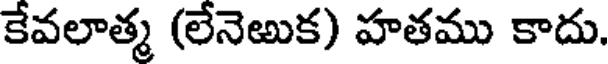
కేవలాత్మ (లేనెఱుక) హతము కాదు.